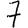
Digit: 7